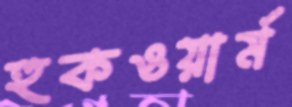
হুকওয়ার্ম